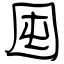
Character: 囤